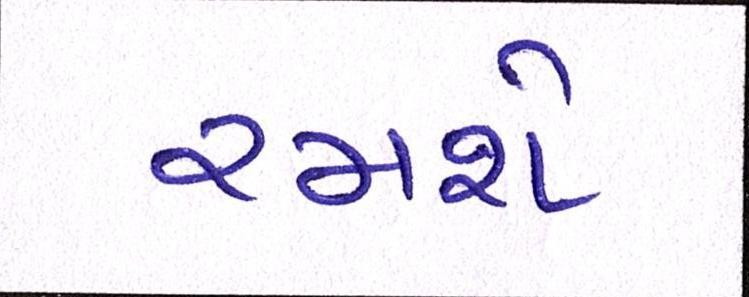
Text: રમશે